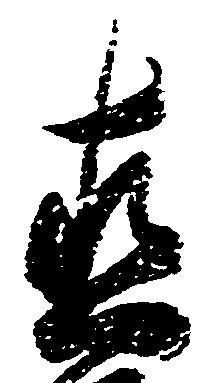
直